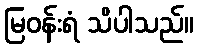
မြဝန်းရံ သိပါသည်။